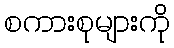
စကားစုများကို